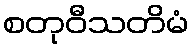
စတုဝီသတိမံ